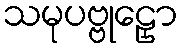
သမုပဗ္ဗုဠှော